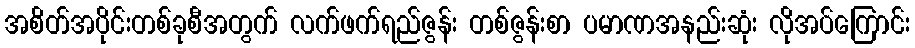
အစိတ်အပိုင်းတစ်ခုစီအတွက် လက်ဖက်ရည်ဇွန်း တစ်ဇွန်းစာ ပမာဏအနည်းဆုံး လိုအပ်ကြောင်း